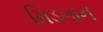
મિડગાન